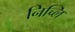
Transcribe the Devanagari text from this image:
निच्लि